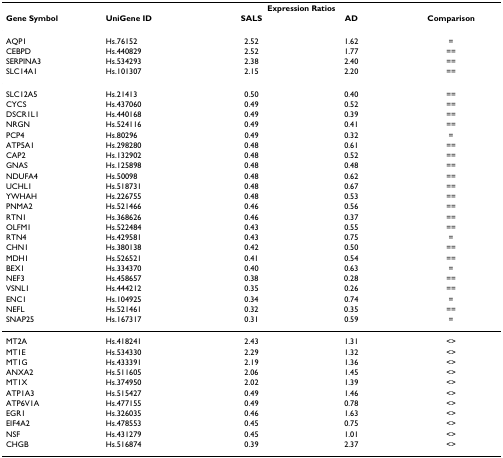
<table><thead><tr><td></td><td></td><td colspan="2"><b>Expression Ratios</b></td><td></td></tr><tr><td><b>Gene Symbol</b></td><td><b>UniGene ID</b></td><td><b>SALS</b></td><td><b>AD</b></td><td><b>Comparison</b></td></tr></thead><tbody><tr><td>AQP1</td><td>Hs.76152</td><td>2.52</td><td>1.62</td><td>=</td></tr><tr><td>CEBPD</td><td>Hs.440829</td><td>2.52</td><td>1.77</td><td>==</td></tr><tr><td>SERPINA3</td><td>Hs.534293</td><td>2.38</td><td>2.40</td><td>==</td></tr><tr><td>SLC14A1</td><td>Hs.101307</td><td>2.15</td><td>2.20</td><td>==</td></tr><tr><td>SLC12A5</td><td>Hs.21413</td><td>0.50</td><td>0.40</td><td>==</td></tr><tr><td>CYCS</td><td>Hs.437060</td><td>0.49</td><td>0.52</td><td>==</td></tr><tr><td>DSCR1L1</td><td>Hs.440168</td><td>0.49</td><td>0.39</td><td>==</td></tr><tr><td>NRGN</td><td>Hs.524116</td><td>0.49</td><td>0.41</td><td>==</td></tr><tr><td>PCP4</td><td>Hs.80296</td><td>0.49</td><td>0.32</td><td>=</td></tr><tr><td>ATP5A1</td><td>Hs.298280</td><td>0.48</td><td>0.61</td><td>==</td></tr><tr><td>CAP2</td><td>Hs.132902</td><td>0.48</td><td>0.52</td><td>==</td></tr><tr><td>GNAS</td><td>Hs.125898</td><td>0.48</td><td>0.48</td><td>==</td></tr><tr><td>NDUFA4</td><td>Hs.50098</td><td>0.48</td><td>0.62</td><td>==</td></tr><tr><td>UCHL1</td><td>Hs.518731</td><td>0.48</td><td>0.67</td><td>==</td></tr><tr><td>YWHAH</td><td>Hs.226755</td><td>0.48</td><td>0.53</td><td>==</td></tr><tr><td>PNMA2</td><td>Hs.521466</td><td>0.46</td><td>0.56</td><td>==</td></tr><tr><td>RTN1</td><td>Hs.368626</td><td>0.46</td><td>0.37</td><td>==</td></tr><tr><td>OLFM1</td><td>Hs.522484</td><td>0.43</td><td>0.55</td><td>==</td></tr><tr><td>RTN4</td><td>Hs.429581</td><td>0.43</td><td>0.75</td><td>=</td></tr><tr><td>CHN1</td><td>Hs.380138</td><td>0.42</td><td>0.50</td><td>==</td></tr><tr><td>MDH1</td><td>Hs.526521</td><td>0.41</td><td>0.54</td><td>==</td></tr><tr><td>BEX1</td><td>Hs.334370</td><td>0.40</td><td>0.63</td><td>=</td></tr><tr><td>NEF3</td><td>Hs.458657</td><td>0.38</td><td>0.28</td><td>==</td></tr><tr><td>VSNL1</td><td>Hs.444212</td><td>0.35</td><td>0.26</td><td>==</td></tr><tr><td>ENC1</td><td>Hs.104925</td><td>0.34</td><td>0.74</td><td>=</td></tr><tr><td>NEFL</td><td>Hs.521461</td><td>0.32</td><td>0.35</td><td>==</td></tr><tr><td>SNAP25</td><td>Hs.167317</td><td>0.31</td><td>0.59</td><td>=</td></tr><tr><td>MT2A</td><td>Hs.418241</td><td>2.43</td><td>1.31</td><td>&lt;&gt;</td></tr><tr><td>MT1E</td><td>Hs.534330</td><td>2.29</td><td>1.32</td><td>&lt;&gt;</td></tr><tr><td>MT1G</td><td>Hs.433391</td><td>2.19</td><td>1.36</td><td>&lt;&gt;</td></tr><tr><td>ANXA2</td><td>Hs.511605</td><td>2.06</td><td>1.45</td><td>&lt;&gt;</td></tr><tr><td>MT1X</td><td>Hs.374950</td><td>2.02</td><td>1.39</td><td>&lt;&gt;</td></tr><tr><td>ATP1A3</td><td>Hs.515427</td><td>0.49</td><td>1.46</td><td>&lt;&gt;</td></tr><tr><td>ATP6V1A</td><td>Hs.477155</td><td>0.49</td><td>0.78</td><td>&lt;&gt;</td></tr><tr><td>EGR1</td><td>Hs.326035</td><td>0.46</td><td>1.63</td><td>&lt;&gt;</td></tr><tr><td>EIF4A2</td><td>Hs.478553</td><td>0.45</td><td>0.75</td><td>&lt;&gt;</td></tr><tr><td>NSF</td><td>Hs.431279</td><td>0.45</td><td>1.01</td><td>&lt;&gt;</td></tr><tr><td>CHGB</td><td>Hs.516874</td><td>0.39</td><td>2.37</td><td>&lt;&gt;</td></tr></tbody></table>